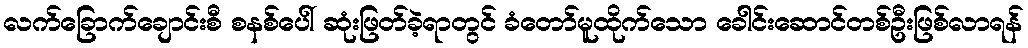
လက်ခြောက်ချောင်းစီ စနစ်ပေါ် ဆုံးဖြတ်ခဲ့ရာတွင် ခံတော်မူထိုက်သော ခေါင်းဆောင်တစ်ဦးဖြစ်လာရန်